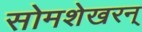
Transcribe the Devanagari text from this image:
सोमशेखरन्